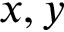
x , y